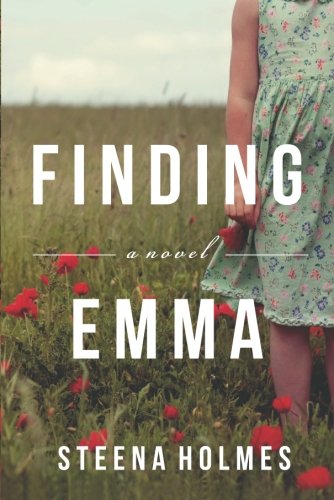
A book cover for Finding Emma (Finding Emma Series); Steena Holmes; Literature & Fiction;